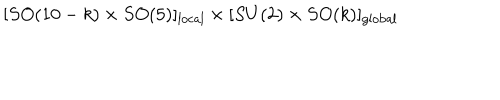
[ S O ( 1 0 - k ) \times S O ( 5 ) ] _ { \mathrm { l o c a l } } \times [ S U ( 2 ) \times S O ( k ) ] _ { \mathrm { g l o b a l } }